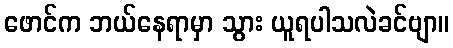
ဖောင်က ဘယ်နေရာမှာ သွား ယူရပါသလဲခင်ဗျာ။